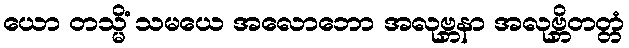
ယော တသ္မိံ သမယေ အလောဘော အလုဗ္ဘနာ အလုဗ္ဘိတတ္တံ